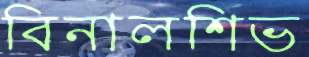
বিনালশিভ